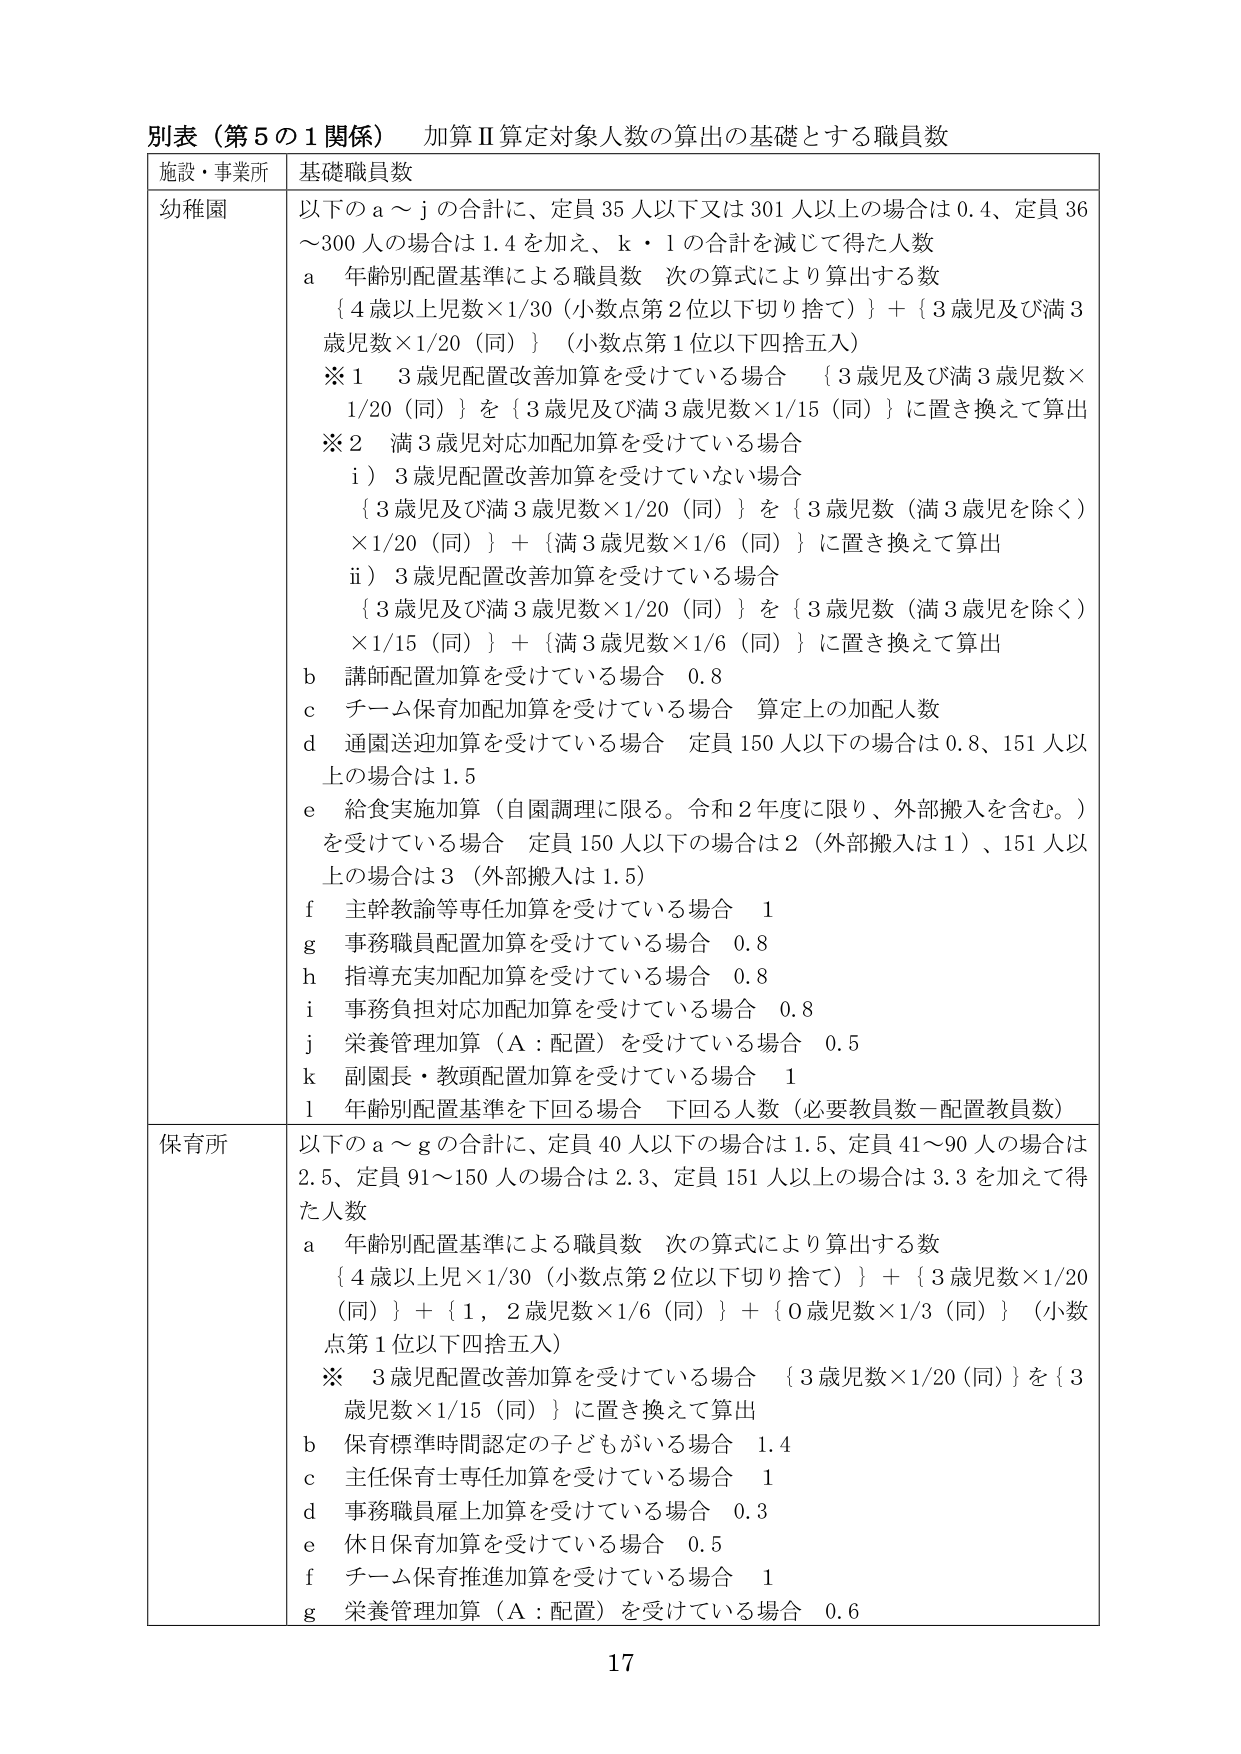
別表（第５の１関係） 加算Ⅱ算定対象人数の算出の基礎とする職員数

施設・事業所 基礎職員数

幼稚園 以下のａ～ｊの合計に、定員35人以下又は301人以上の場合には0.4、定員36～300人の場合は1.4を加え、ｋ・ｌの合計を減じて得た人数
ａ 年齢別配置基準による職員数 次の算式により算出する数
｛４歳以上児数×1/30（小数点第2位以下切り捨て）｝＋｛３歳児及び満３歳児数×1/20（同）｝（小数点第1位以下四捨五入）
※１ ３歳児配置改善加算を受けている場合 ｛３歳児及び満３歳児数×1/20（同）｝を｛３歳児及び満３歳児数×1/15（同）｝に置き換えて算出
※２ 満３歳児対応加配加算を受けている場合
　ｉ）３歳児配置改善加算を受けていない場合
　｛３歳児及び満３歳児数×1/20（同）｝を｛３歳児数（満３歳児を除く）×1/20（同）｝＋｛満３歳児数×1/6（同）｝に置き換えて算出
　ⅱ）３歳児配置改善加算を受けている場合
　｛３歳児及び満３歳児数×1/20（同）｝を｛３歳児数（満３歳児を除く）×1/15（同）｝＋｛満３歳児数×1/6（同）｝に置き換えて算出
ｂ 講師配置加算を受けている場合 0.8
ｃ チーム保育加配加算を受けている場合 算定上の加配人数
ｄ 通園送迎加算を受けている場合 定員150人以下の場合には0.8、151人以上の場合には1.5
ｅ 給食実施加算（自園調理に限る。令和２年度に限り、外部搬入を含む。）を受けている場合 定員150人以下の場合には2（外部搬入は1）、151人以上の場合には3（外部搬入は1.5）
ｆ 主幹教諭等専任加算を受けている場合 1
ｇ 事務職員配置加算を受けている場合 0.8
ｈ 指導充実加配加算を受けている場合 0.8
ｉ 事務負担対応加配加算を受けている場合 0.8
ｊ 栄養管理加算（Ａ：配置）を受けている場合 0.5
ｋ 副園長・教頭配置加算を受けている場合 1
ｌ 年齢別配置基準を下回る場合 下回る人数（必要教員数－配置教員数）

保育所 以下のａ～ｇの合計に、定員40人以下の場合には1.5、定員41～90人の場合には2.5、定員91～150人の場合には2.3、定員151人以上の場合には3.3を加えて得た人数
ａ 年齢別配置基準による職員数 次の算式により算出する数
｛４歳以上児×1/30（小数点第2位以下切り捨て）｝＋｛３歳児数×1/20（同）｝＋｛１，２歳児数×1/6（同）｝＋｛０歳児数×1/3（同）｝（小数点第1位以下四捨五入）
※ ３歳児配置改善加算を受けている場合 ｛３歳児数×1/20（同）｝を｛３歳児数×1/15（同）｝に置き換えて算出
ｂ 保育標準時間認定の子どもがいる場合 1.4
ｃ 主任保育士専任加算を受けている場合 1
ｄ 事務職員雇上加算を受けている場合 0.3
ｅ 休日保育加算を受けている場合 0.5
ｆ チーム保育推進加算を受けている場合 1
ｇ 栄養管理加算（Ａ：配置）を受けている場合 0.6

17